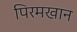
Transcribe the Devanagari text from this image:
पिरमखान